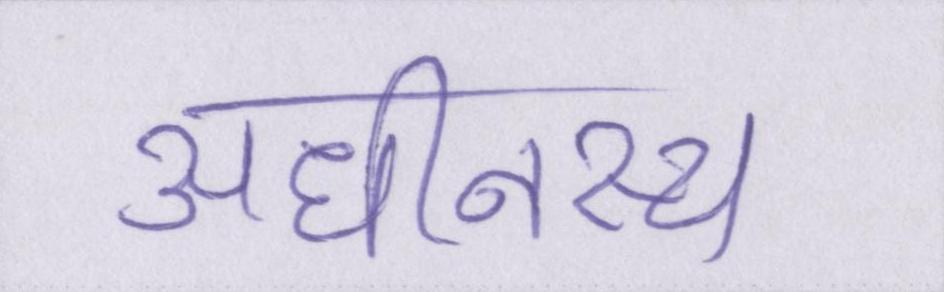
अधीनस्थ